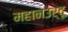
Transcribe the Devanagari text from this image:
महानउर्दू